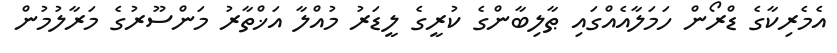
އެމެރިކާގެ ޑްރޯން ހަމަލާއެއްގައި ޠާާލިބާންގެ ކުރީގެ ލީޑަރު މުއްލާ އަޚްތާރު މަންސޫރުގެ މަރާލުމުން